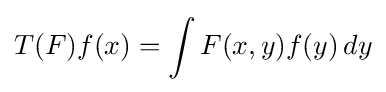
T(F)f(x)=\int F(x,y)f(y)\,dy